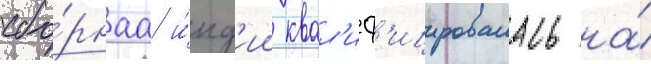
сбо́рнаа и́нд'ии квал'иф'ицировалась на́